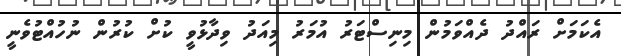
އެކަމަށް ރައްދު ދެއްވަމުން މިނިސްޓަރު އުމަރު މިއަދު ވިދާޅުވީ ކުށް ކުރުން ނުހުއްޓުވެނީ